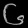
Digit: ၆